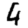
Digit: 4